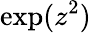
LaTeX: \exp(z^{2})